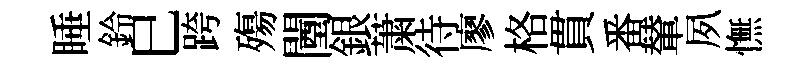
睡鈴巳跨殤闉銀䔥待廖格貫番輦夙憮